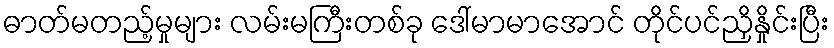
ဓာတ်မတည့်မှုများ လမ်းမကြီးတစ်ခု ဒေါ်မာမာအောင် တိုင်ပင်ညှိနှိုင်းပြီး